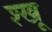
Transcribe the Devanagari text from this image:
श्खू